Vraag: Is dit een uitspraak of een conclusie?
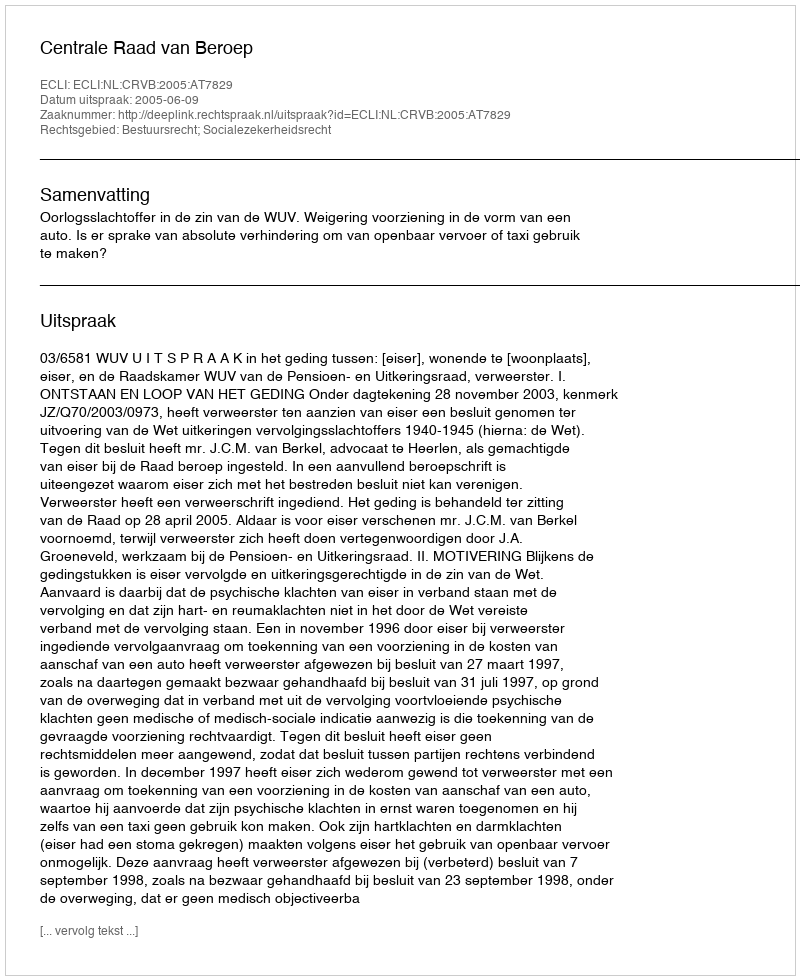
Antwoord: Uitspraak